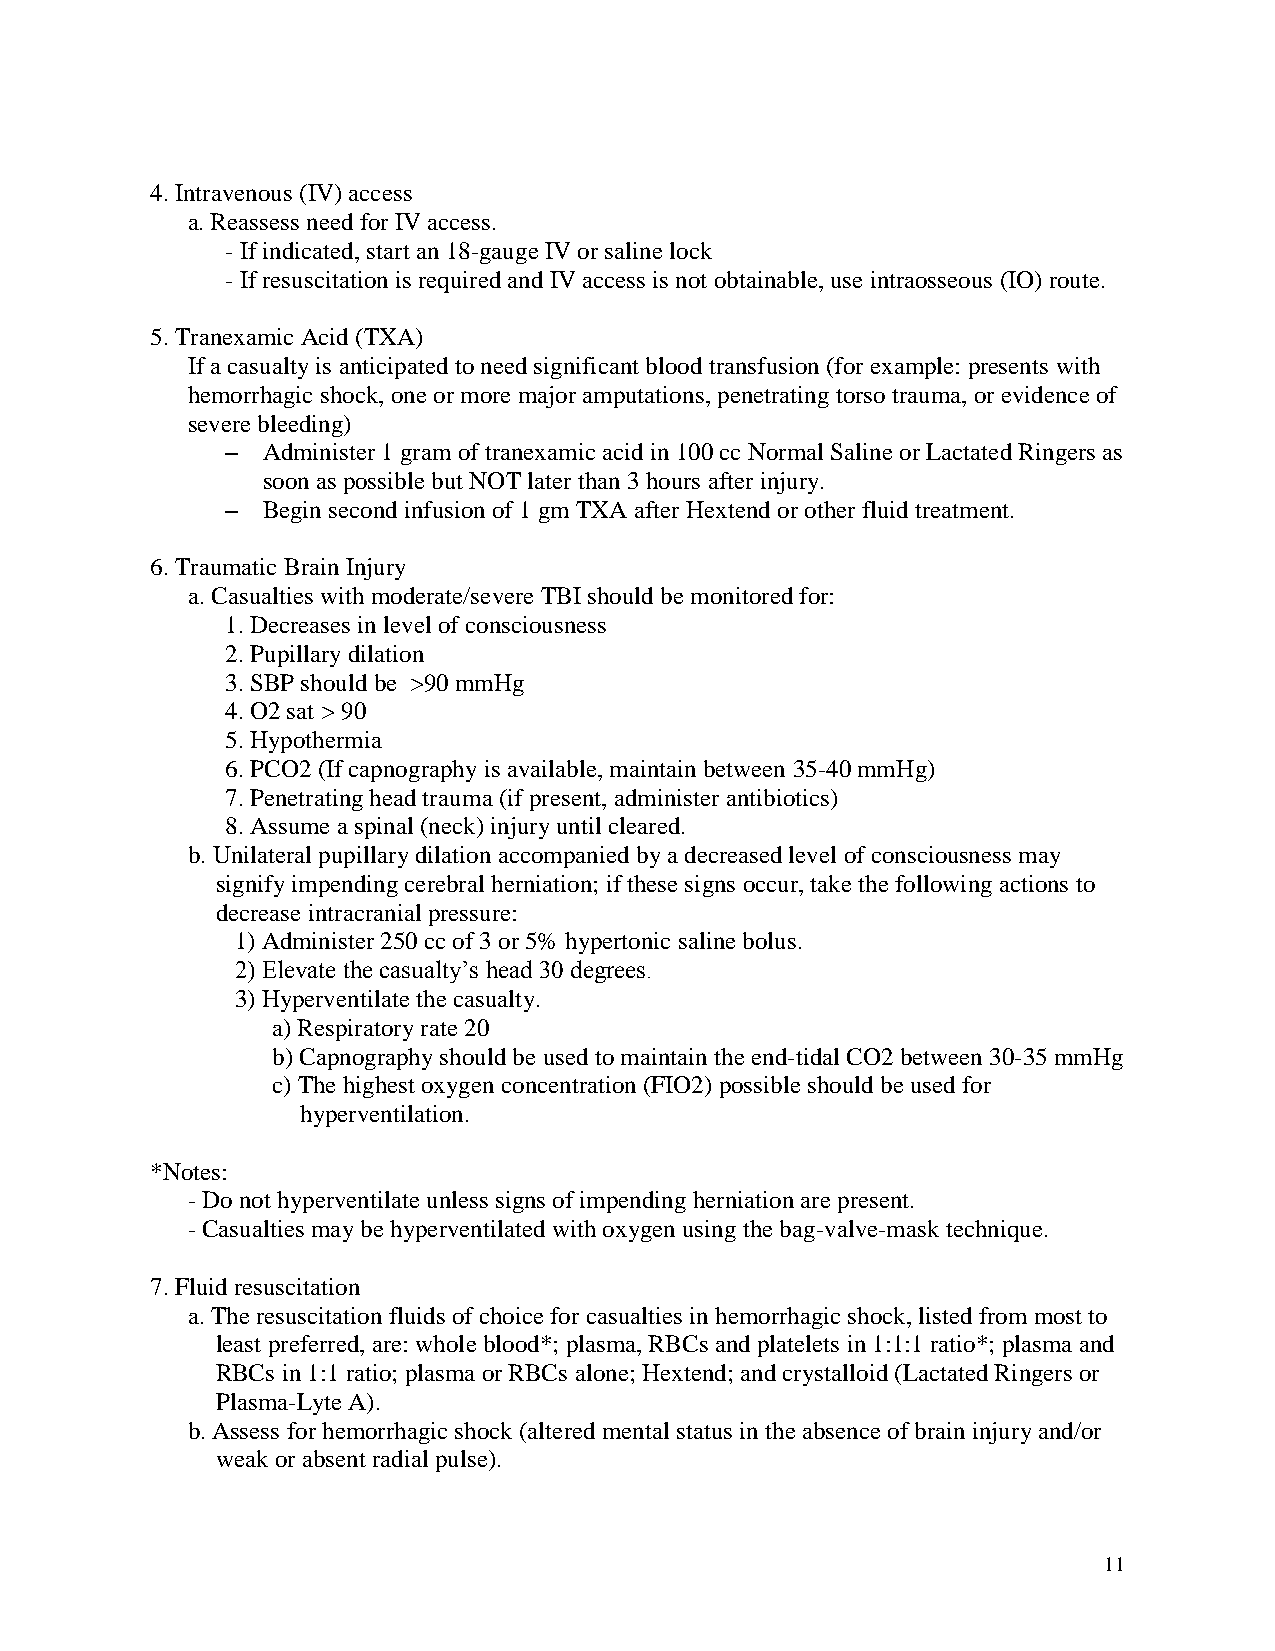
4. Intravenous (IV) access
 a. Reassess need for IV access.
 - If indicated, start an 18-gauge IV or saline lock
 - If resuscitation is required and IV access is not obtainable, use intraosseous (IO) route.
 5. Tranexamic Acid (TXA)
 If a casualty is anticipated to need significant blood transfusion (for example: presents with
 hemorrhagic shock, one or more major amputations, penetrating torso trauma, or evidence of
 severe bleeding)
 – Administer 1 gram of tranexamic acid in 100 cc Normal Saline or Lactated Ringers as
 soon as possible but NOT later than 3 hours after injury.
 – Begin second infusion of 1 gm TXA after Hextend or other fluid treatment.
 6. Traumatic Brain Injury
 a. Casualties with moderate/severe TBI should be monitored for:
 1. Decreases in level of consciousness
 2. Pupillary dilation
 3. SBP should be >90 mmHg
 4. O2 sat > 90
 5. Hypothermia
 6. PCO2 (If capnography is available, maintain between 35-40 mmHg)
 7. Penetrating head trauma (if present, administer antibiotics)
 8. Assume a spinal (neck) injury until cleared.
 b. Unilateral pupillary dilation accompanied by a decreased level of consciousness may
 signify impending cerebral herniation; if these signs occur, take the following actions to
 decrease intracranial pressure:
 1) Administer 250 cc of 3 or 5% hypertonic saline bolus.
 2) Elevate the casualty’s head 30 degrees.
 3) Hyperventilate the casualty.
 a) Respiratory rate 20
 b) Capnography should be used to maintain the end-tidal CO2 between 30-35 mmHg
 c) The highest oxygen concentration (FIO2) possible should be used for
 hyperventilation.
 *Notes:
 - Do not hyperventilate unless signs of impending herniation are present.
 - Casualties may be hyperventilated with oxygen using the bag-valve-mask technique.
 7. Fluid resuscitation
 a. The resuscitation fluids of choice for casualties in hemorrhagic shock, listed from most to
 least preferred, are: whole blood*; plasma, RBCs and platelets in 1:1:1 ratio*; plasma and
 RBCs in 1:1 ratio; plasma or RBCs alone; Hextend; and crystalloid (Lactated Ringers or
 Plasma-Lyte A).
 b. Assess for hemorrhagic shock (altered mental status in the absence of brain injury and/or
 weak or absent radial pulse).
 11